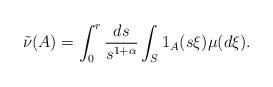
LaTeX: \begin{align*} \tilde \nu (A) = \int_0^r \frac{ds}{s^{1+ \alpha}} \int_{S} 1_{A} (s \xi) \mu (d \xi).\end{align*}